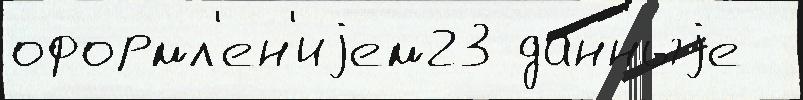
оформл'ен'иjем23 да́нныjе